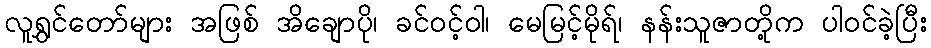
လူရွှင်တော်များ အဖြစ် အိချောပို၊ ခင်ဝင့်ဝါ၊ မေမြင့်မိုရ်၊ နန်းသူဇာတို့က ပါဝင်ခဲ့ပြီး